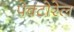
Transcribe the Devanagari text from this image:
पेक्टोरेल